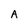
Character: A